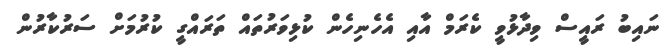
ނައިބު ރައީސް ވިދާޅުވީ ކެރަމް އާއި އެހެނިހެން ކުޅިވަރުތައް ތަރައްގީ ކުރުމަށް ސަރުކާރުން